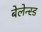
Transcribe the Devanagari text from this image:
बेलेन्स्ड